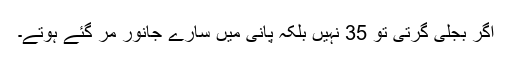
اگر بجلی گرتی تو 35 نہیں بلکہ پانی میں سارے جانور مر گئے ہوتے۔